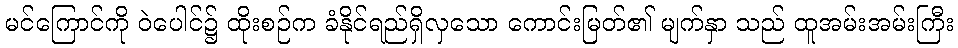
မင်ကြောင်ကို ဝဲပေါင်၌ ထိုးစဉ်က ခံနိုင်ရည်ရှိလှသော ကောင်းမြတ်၏ မျက်နှာ သည် ထူအမ်းအမ်းကြီး